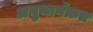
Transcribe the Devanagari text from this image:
अनुमार्गकत